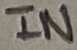
Text: IN